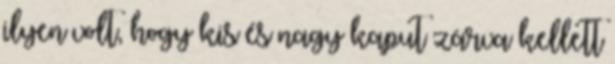
ilyen volt, hogy kis és nagy kaput zárva kellett